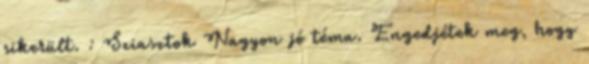
sikerült. : Sziasztok Nagyon jó téma. Engedjétek meg, hogy